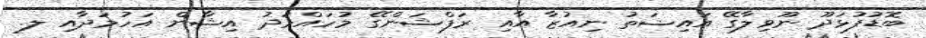
ބޮޑުފުޅަދޫ ނޫވިލާގޭ އައިޝަތު ނިއުޒާ އާއި ރަފްޝަންގޭ މުހައްމަދު އިޝާން އަހުމަދާއި ލ.